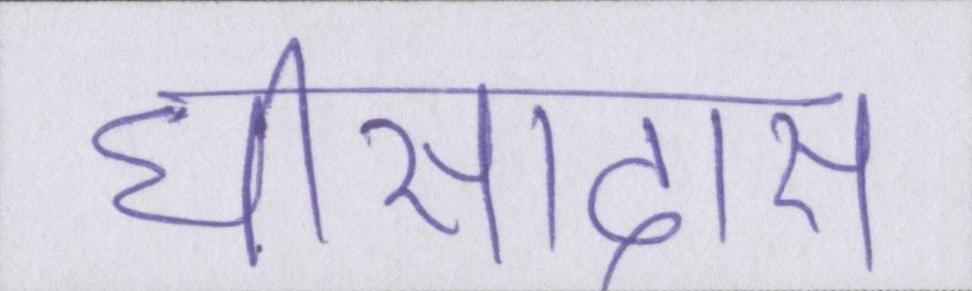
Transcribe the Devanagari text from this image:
घीसादास